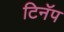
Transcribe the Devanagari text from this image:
टिनॅप